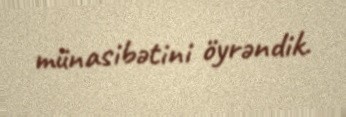
münasibətini öyrəndik.